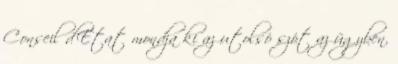
Conseil d’Etat mondja ki az utolsó szót az ügyben.